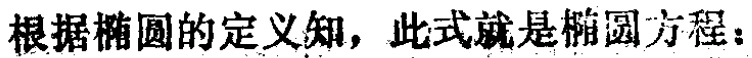
根据椭圆的定义知，此式就是椭圆方程：